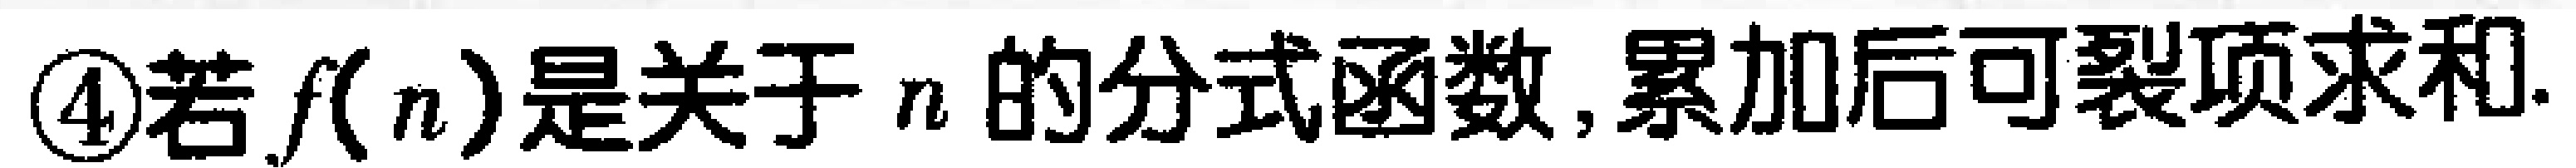
\textcircled{4}若\(f(n)\)是关于\(n\)的分式函数,累加后可裂项求和.